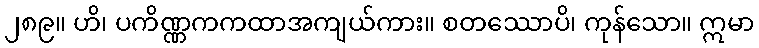
၂၈၉။ ဟိ၊ ပကိဏ္ဏကကထာအကျယ်ကား။ စတဿောပိ၊ ကုန်သော။ ဣမာ